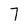
Character: 7